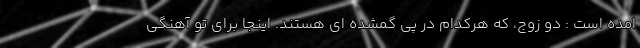
امده است : دو زوج، که هرکدام در پی گمشده ای هستند. اینجا برای تو آهنگی